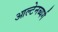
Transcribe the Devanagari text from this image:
आल्टेनब्यर्ग